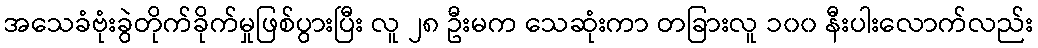
အသေခံဗုံးခွဲတိုက်ခိုက်မှုဖြစ်ပွားပြီး လူ ၂၈ ဦးမက သေဆုံးကာ တခြားလူ ၁၀၀ နီးပါးလောက်လည်း